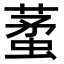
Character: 𧍟